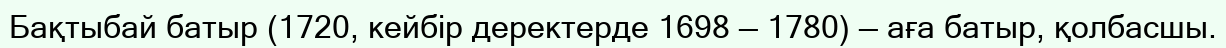
Бақтыбай батыр (1720, кейбір деректерде 1698 — 1780) — аға батыр, қолбасшы.